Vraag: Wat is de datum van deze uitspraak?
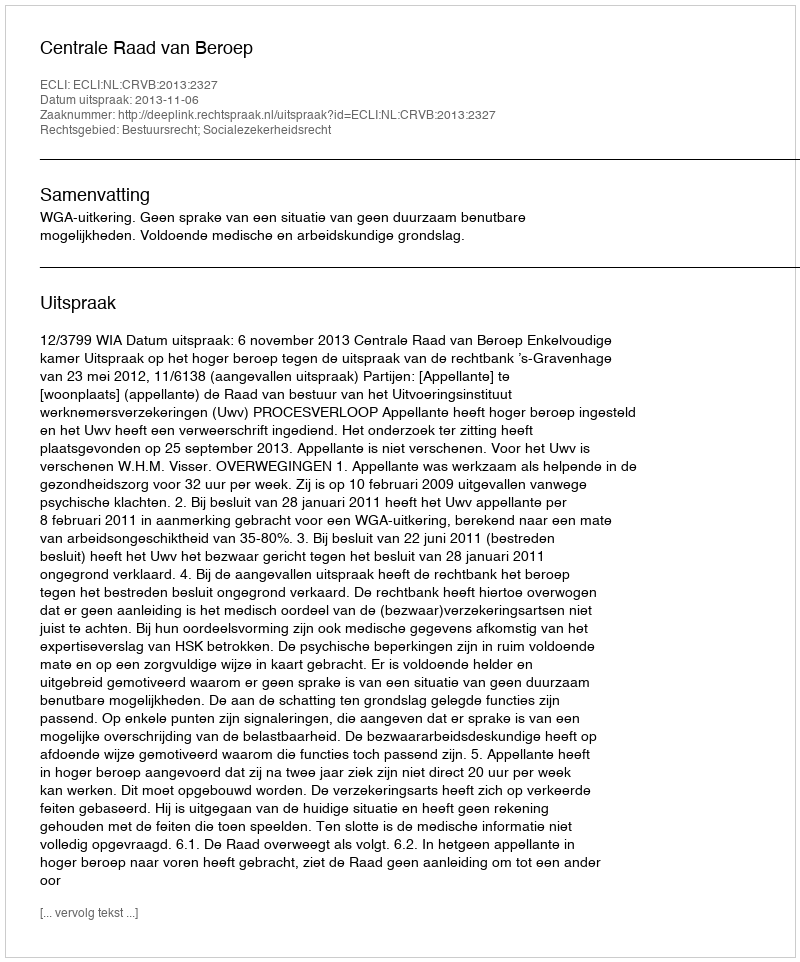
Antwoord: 2013-11-06